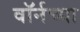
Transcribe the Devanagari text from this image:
वॉर्नच्या